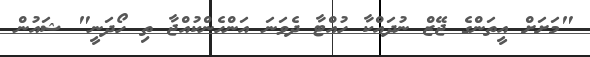
"މަށަށް އީތަންގެ ޖޭޒް ނުދައްކާ ހުއްޓާ ދެވަނަ އަންހެންކުއްޖާ ތި ހޯދަނީ" ޝައުން